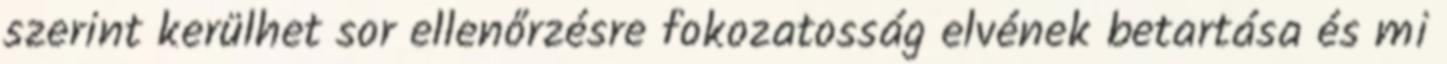
szerint kerülhet sor ellenőrzésre fokozatosság elvének betartása és mi